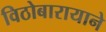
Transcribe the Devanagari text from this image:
विठोबारायाने